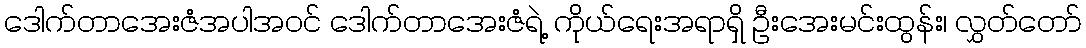
ဒေါက်တာအေးဇံအပါအဝင် ဒေါက်တာအေးဇံရဲ့ ကိုယ်ရေးအရာရှိ ဦးအေးမင်းထွန်း၊ လွှတ်တော်